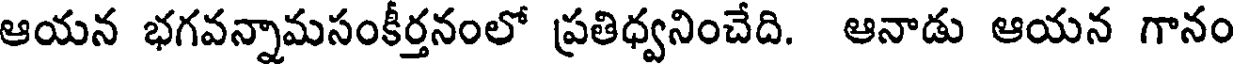
ఆయన భగవన్నామసంకీర్తనంలో ప్రతిధ్వనించేది. ఆనాడు ఆయన గానం